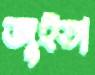
জুইতা